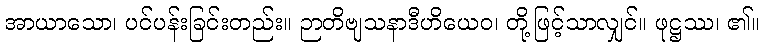
အာယာသော၊ ပင်ပန်းခြင်းတည်း။ ဉာတိဗျသနာဒီဟိယေဝ၊ တို့ဖြင့်သာလျှင်။ ဖုဋ္ဌဿ၊ ၏။